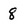
Character: 8